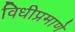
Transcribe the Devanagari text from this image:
विधीप्रमाणे